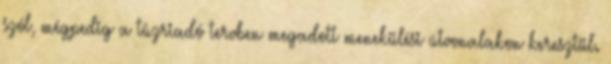
szól, mégpedig a tûzriadó tervben megadott menekülési útvonalakon keresztül.